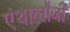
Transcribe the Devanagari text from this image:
एंथालौजी